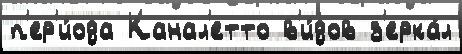
п'ер'и́ода Канал'етто в'и́дов з'ерка́л